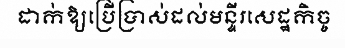
ដាក់ឱ្យប្រើប្រាស់ដល់មន្ទីរសេដ្ឋកិច្ច